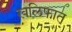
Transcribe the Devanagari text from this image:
खलिफात